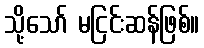
သို့သော် မငြင်းဆန်ဖြစ်။